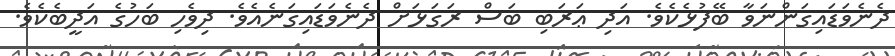
ދެނެވަޑައިގަންނަވާ ބޭފުޅެކެވެ. އަދި ޢަރަބި ބަސް ރަގަޅަށް ދެނެވަޑައިގަނެއެވެ. ދިވެހި ބަހުގެ އަދީބެކެވެ.